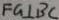
F G \bot B C